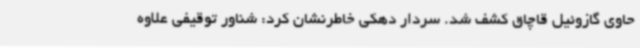
حاوی گازوئیل قاچاق کشف شد. سردار دهکی خاطرنشان کرد: شناور توقیفی علاوه